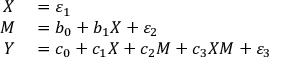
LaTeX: \begin{array} { r l } { X } & { { } = \varepsilon _ { 1 } } \\ { M } & { { } = b _ { 0 } + b _ { 1 } X + \varepsilon _ { 2 } } \\ { Y } & { { } = c _ { 0 } + c _ { 1 } X + c _ { 2 } M + c _ { 3 } X M + \varepsilon _ { 3 } } \end{array}